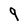
Character: q